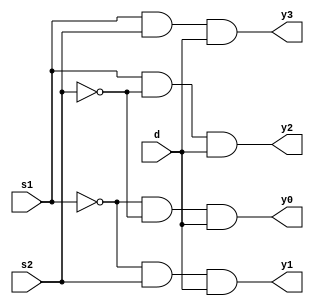
module one_4demux (d,s1,s2,y0,y1,y2,y3);
input d,s1,s2;
	output y0,y1,y2,y3;
	assign s1n=~s1;
	assign s2n=~s2;
	assign y0=s1n&s2n&d;
	assign y1=s1n&s2&d;	
	assign y2=s1&s2n&d;
	assign y3=s1&s2&d;
endmodule